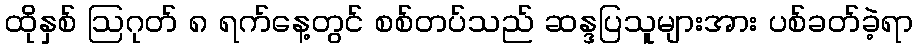
ထိုနှစ် ဩဂုတ် ၈ ရက်နေ့တွင် စစ်တပ်သည် ဆန္ဒပြသူများအား ပစ်ခတ်ခဲ့ရာ